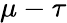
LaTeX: \mu-\tau